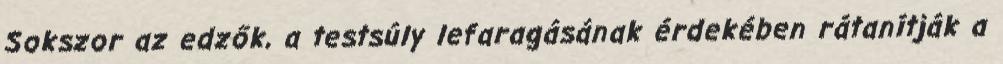
Sokszor az edzők, a testsúly lefaragásának érdekében rátanítják a